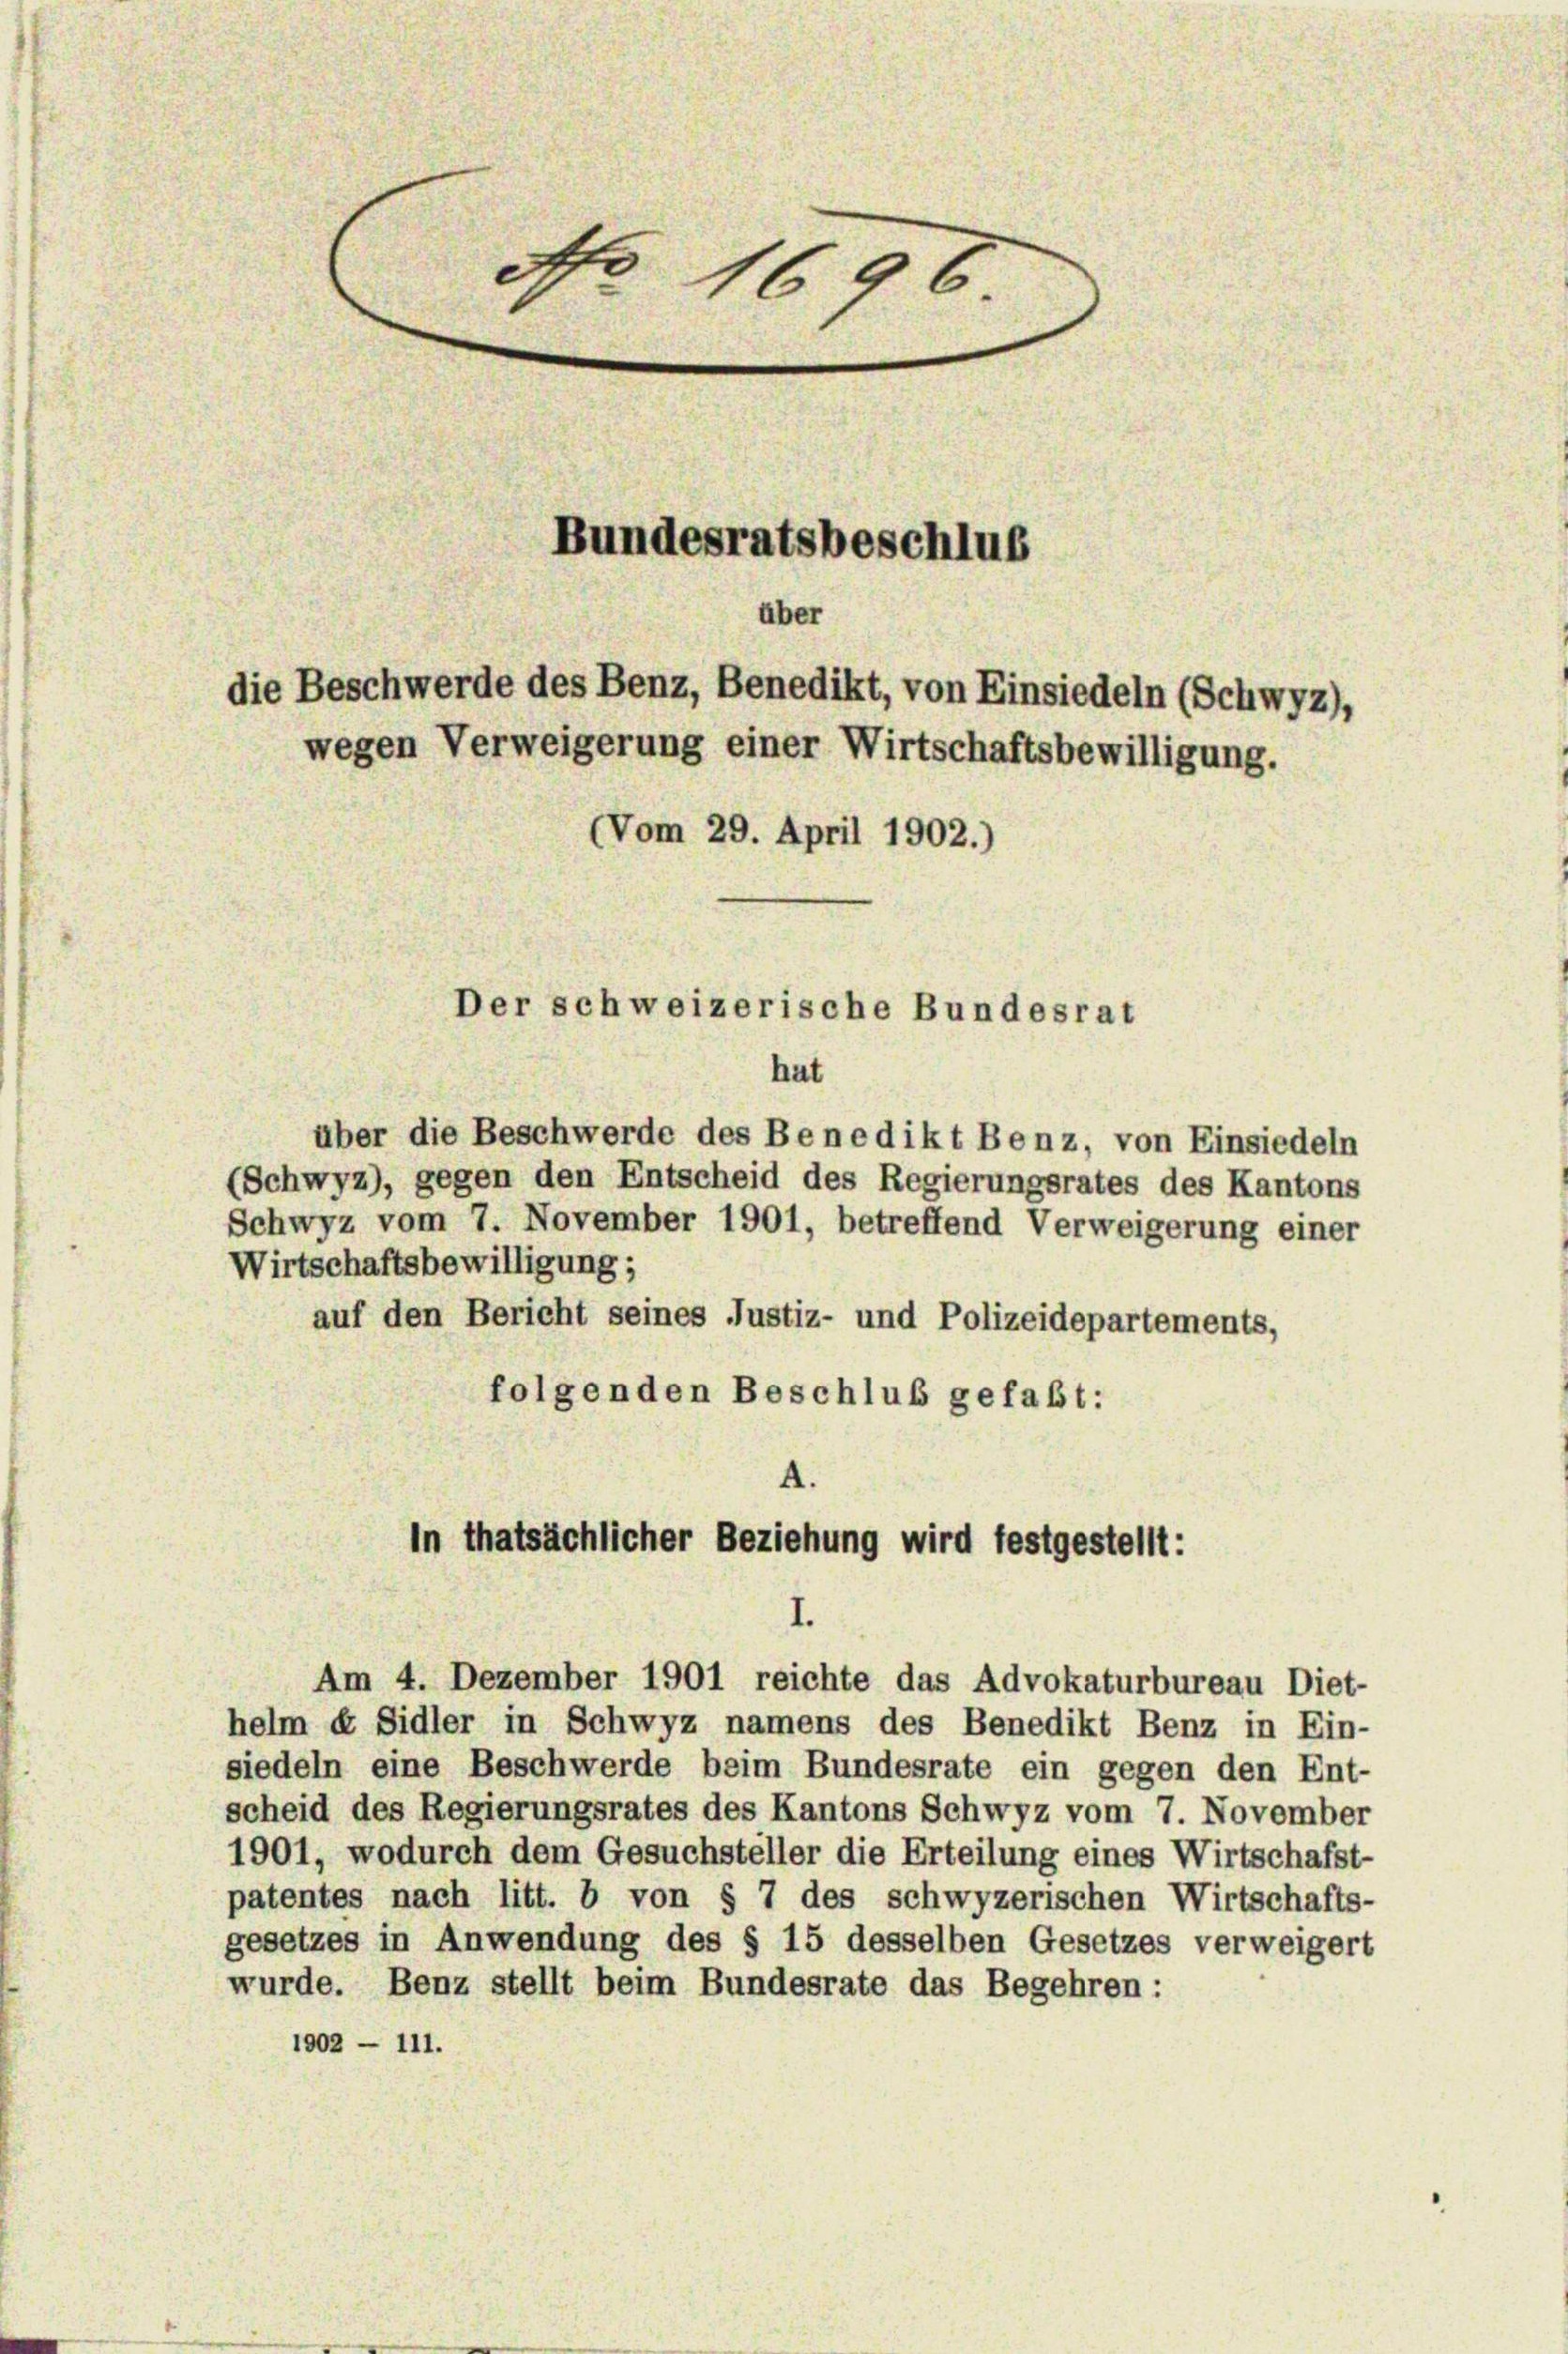
über
Der schweizerische Bundesrat
hat

über die Beschwerde des Benedikt Benz, von Einsiedeln
(Schwyz), gegen den Entscheid des Regierungsrates des Kantons
Schwyz vom 7. November 1901, betreffend Verweigerung einer
Wirtschaftsbewilligung;
auf den Bericht seines Justiz- und Polizeidepartements,
folgenden Beschluß gefaßt:

No 1696

Bundesratsbeschlus

helm d. Sidler in Schwyz namens des Benedikt Benz in Ein-
siedeln eine Beschwerde beim Bundesrate ein gegen den Ent-
scheid des Regierungsrates des Kantons Schwyz vom 7. November
1901, wodurch dem Gesuchsteller die Erteilung eines Wirtschafst-
patentes nach litt. b von § 7 des schwyzerischen Wirtschafts-
gesetzes in Anwendung des § 15 desselben Gesetzes verweigert
wurde. Benz stellt beim Bundesrate das Begehren:
1902 - 111.

die Beschwerde des Benz, Benedikt, von Einsiedeln (Schwyz),
wegen Verweigerung einer Wirtschaftsbewilligung.
(Vom 29. April 1902.)

A.
In thatsächlicher Beziehung wird festgestellt:
Am 4. Dezember 1901 reichte das Advokaturbureau Diet-